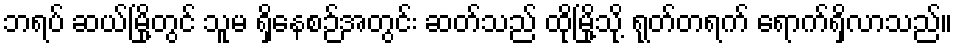
ဘရပ် ဆယ်မြို့တွင် သူမ ရှိနေစဉ်အတွင်း ဆတ်သည် ထိုမြို့သို့ ရုတ်တရက် ရောက်ရှိလာသည်။